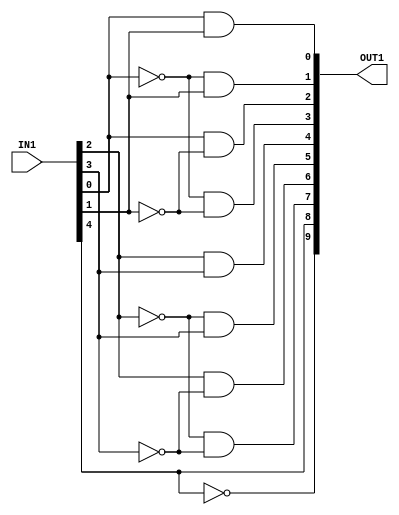
// 
// ************************************************************************** 
// 
//  Copyright (c) International Business Machines Corporation, 2005. 
// 
//  This file contains trade secrets and other proprietary and confidential 
//  information of International Business Machines Corporation which are 
//  protected by copyright and other intellectual property rights and shall 
//  not be reproduced, transferred to other documents, disclosed to others, 
//  or used for any purpose except as specifically authorized in writing by 
//  International Business Machines Corporation. This notice must be 
//  contained as part of this text at all times. 
// 
// ************************************************************************** 
//

module p405s_gprAddrPreDcd( OUT1, IN1 );



output [0:9]  OUT1;


input [0:4]  IN1;


   // Replacing instantiation: IN1VERT preDcdMsb1Inv1
   wire msb1;
   assign msb1 = ~(IN1[0]);

   // Replacing instantiation: IN1VERT preDcdMsb1Inv2
   assign OUT1[1] = ~(msb1);

   // Replacing instantiation: IN1VERT preDcdMsb0Inv
   wire msb0;
   assign OUT1[0] = ~(msb0);

   // Replacing instantiation: BUFFER preDcdMsb0Buf
   assign msb0 = IN1[0];

   // Replacing instantiation: DEC24_DP_RTP preDcdHi
   assign OUT1[2] = ~(IN1[2]) & ~(IN1[1]); 
   assign OUT1[3] = IN1[2] & ~(IN1[1]); 
   assign OUT1[4] = ~(IN1[2]) & IN1[1]; 
   assign OUT1[5] = IN1[2] & IN1[1]; 

   // Replacing instantiation: DEC24_DP_RTP preDcdLo
   assign OUT1[6] = ~(IN1[4]) & ~(IN1[3]); 
   assign OUT1[7] = IN1[4] & ~(IN1[3]); 
   assign OUT1[8] = ~(IN1[4]) & IN1[3]; 
   assign OUT1[9] = IN1[4] & IN1[3]; 


endmodule